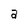
Character: a